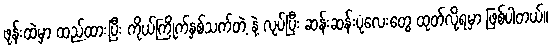
ဖုန်းထဲမှာ ထည့်ထားပြီး ကိုယ်ကြိုက်နှစ်သက်တဲ့ နဲ့ လုပ်ပြီး ဆန်းဆန်းပုံလေးတွေ ထုတ်လို့ရမှာ ဖြစ်ပါတယ်။